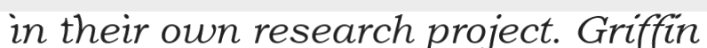
in their own research project. Griffin